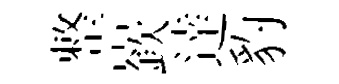
整嶔逹豹